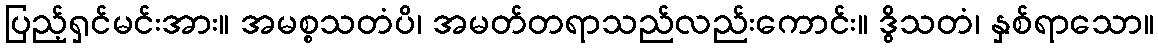
ပြည့်ရှင်မင်းအား။ အမစ္စသတံပိ၊ အမတ်တရာသည်လည်းကောင်း။ ဒွိသတံ၊ နှစ်ရာသော။